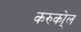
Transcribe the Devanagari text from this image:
करुको्ल